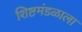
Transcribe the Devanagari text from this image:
शिष्टमंडळाला